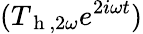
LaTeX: (T_{\mathrm{~h~},2\omega}e^{2i\omega t})